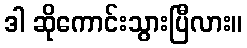
ဒါ ဆိုကောင်းသွားပြီလား။